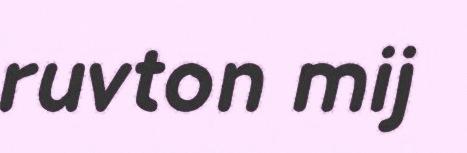
ruvton mij